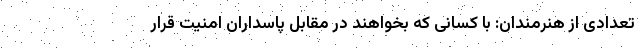
تعدادی از هنرمندان: با کسانی که بخواهند در مقابل پاسداران امنیت قرار